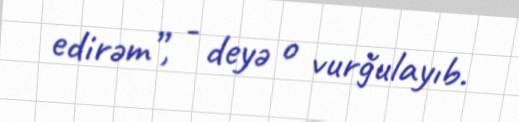
edirəm”, - deyə o vurğulayıb.